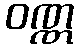
ဝဏ္ဏ